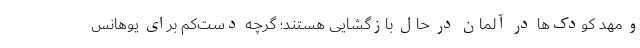
و مهد کودک‌ها در آلمان در حال بازگشایی هستند؛ گرچه دست‌کم برای یوهانس